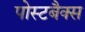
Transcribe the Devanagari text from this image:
पोस्टबैक्स